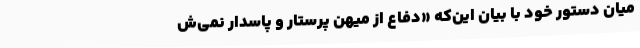
میان دستور خود با بیان این‌که «دفاع از میهن پرستار و پاسدار نمی‌ش